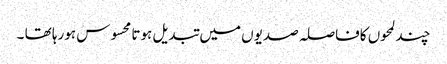
چند لمحوں کافاصلہ صدیوں میں تبدیل ہوتا محسوس ہورہا تھا ۔